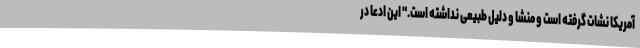
آمریکا نشات گرفته است و منشا و دلیل طبیعی نداشته است." این ادعا در